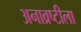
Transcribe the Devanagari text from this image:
अनाव्रष्टीला